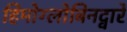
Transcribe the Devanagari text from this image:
हिमोग्लोबिनद्वारे